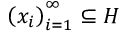
\left( x _ { i } \right) _ { i = 1 } ^ { \infty } \subseteq H